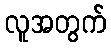
လူအတွက်